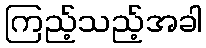
ကြည့်သည့်အခါ